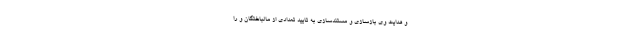
و هدایت وی بازسازی و مستندسازی به تایید تعدادی از مالباختگان و را